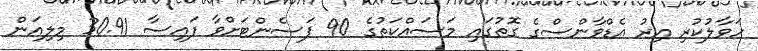
ހަވާލުކުރި އިރު އެޑްވާންސްގެ ގޮތުގައި މަސައްކަތުގެ 90 ޕަސެންޓަށްވާ ފައިސާ 30.91 މިލިއަން